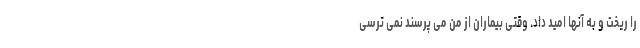
را ریخت و به آنها امید داد. وقتی بیماران از من می پرسند نمی ترسی